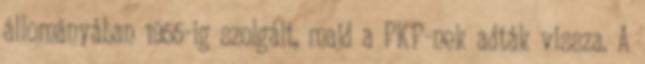
állományában 1955-ig szolgált, majd a PKP-nek adták vissza. A